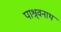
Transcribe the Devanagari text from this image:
पाश्र्वनाथ